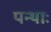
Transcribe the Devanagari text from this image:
पन्थाः